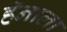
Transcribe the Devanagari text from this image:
हॅनाला